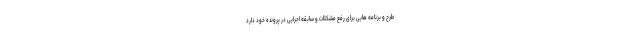
طرح و برنامه هایی برای رفع مشکلات و سابقه اجرایی در پرونده خود دارد